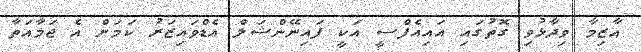
އާޒިމާ ވިދާޅުވި ގޮތުގައި އައިއެފްސީ އަކީ ފައިނޭންޝަލް އެޑްވައިޒަރު ކަމަށް އެ ޖަމާއަތާ